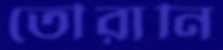
তৌরানি